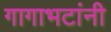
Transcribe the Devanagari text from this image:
गागाभटांनी